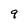
Character: 9